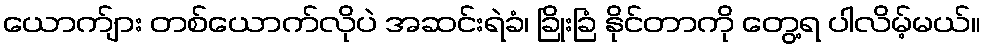
ယောက်ျား တစ်ယောက်လိုပဲ အဆင်းရဲခံ၊ ခြိုးခြံ နိုင်တာကို တွေ့ရ ပါလိမ့်မယ်။